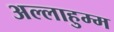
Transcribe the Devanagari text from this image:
अल्लाहुम्म